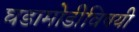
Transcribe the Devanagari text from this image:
घडामोडीविषयी